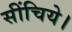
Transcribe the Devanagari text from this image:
सींचिये।